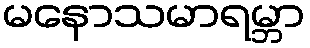
မနောသမာရမ္ဘာ